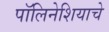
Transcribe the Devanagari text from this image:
पॉलिनेशियाचे